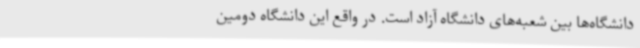
دانشگاه‌ها بین شعبه‌های دانشگاه آزاد است. در واقع این دانشگاه دومین